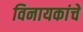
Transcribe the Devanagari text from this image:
विनायकांचे